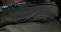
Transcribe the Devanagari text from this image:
मुदियान्सेलागे